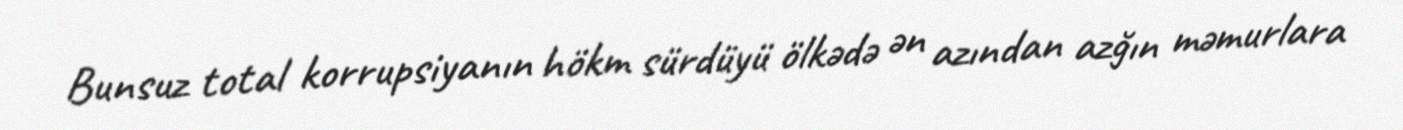
Bunsuz total korrupsiyanın hökm sürdüyü ölkədə ən azından azğın məmurlara